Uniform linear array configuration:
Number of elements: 24
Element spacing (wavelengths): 0.5
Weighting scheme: cosine
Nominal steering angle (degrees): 15
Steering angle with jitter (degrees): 16.334
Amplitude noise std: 0.05
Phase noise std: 0.05

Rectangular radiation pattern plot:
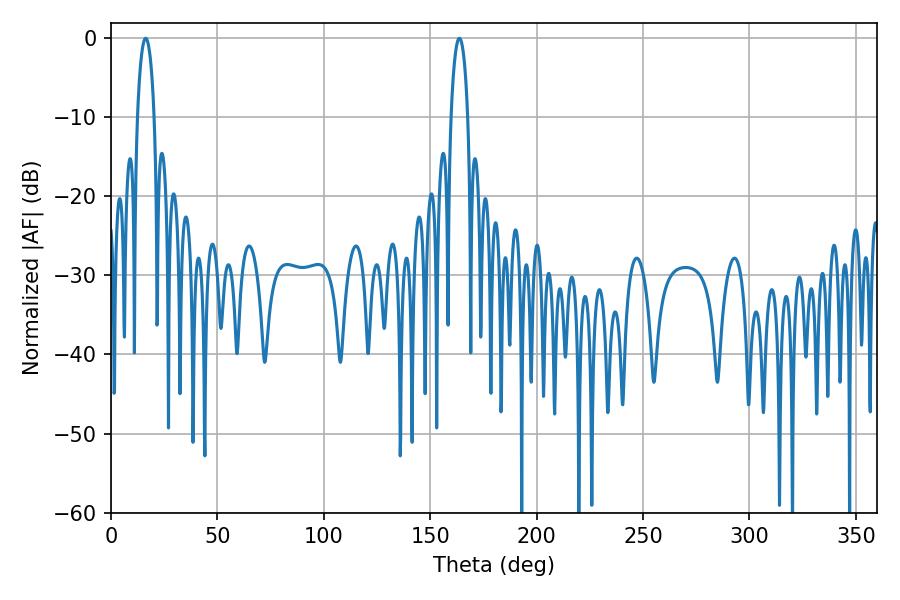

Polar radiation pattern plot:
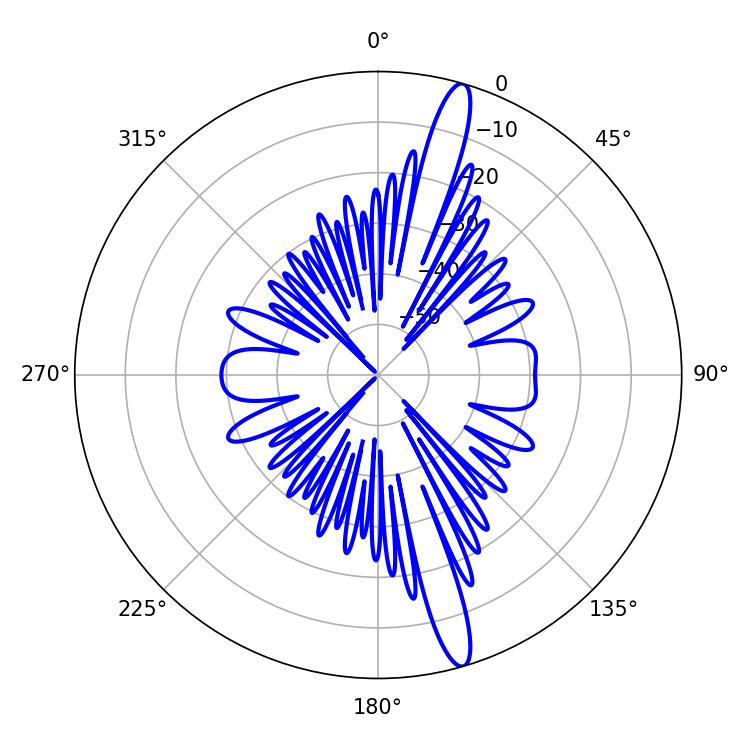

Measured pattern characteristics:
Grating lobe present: FALSE
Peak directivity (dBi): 16.063
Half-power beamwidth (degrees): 4.5
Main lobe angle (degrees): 16.38